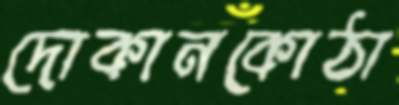
দোকানকোঠা